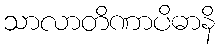
သာလာတိဏာပိဓာနိ